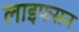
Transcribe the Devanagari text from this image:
लाइफसन